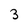
Character: 3